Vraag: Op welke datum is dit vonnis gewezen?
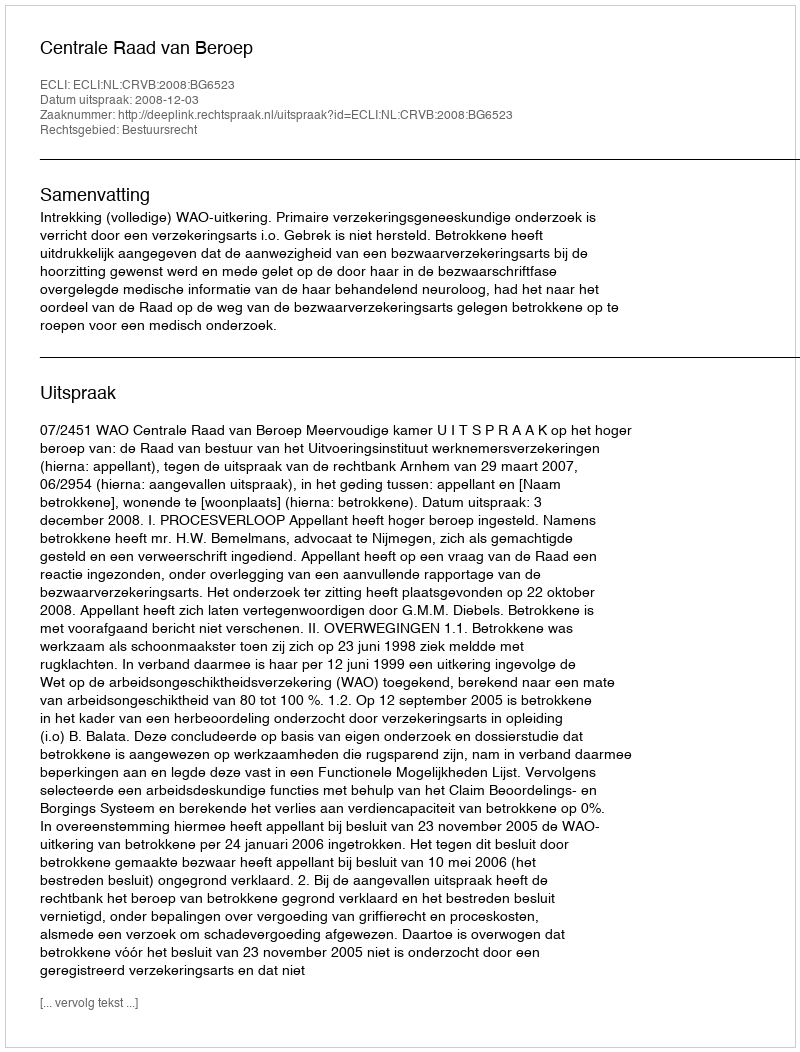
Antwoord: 2008-12-03